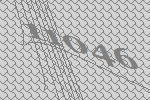
11046